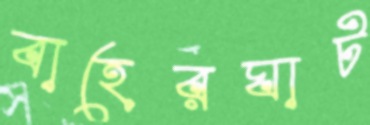
বাহেরঘাট